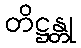
တိဋ္ဌန္တု